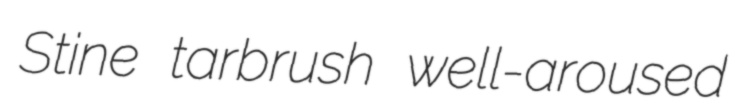
Stine tarbrush well-aroused